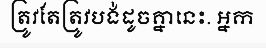
ត្រូវតែត្រូវបង់ដូចគ្នានេះ. អ្នក